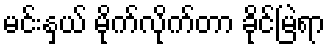
မင်းနှယ် မိုက်လိုက်တာ ခိုင်မြဲရာ